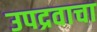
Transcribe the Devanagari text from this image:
उपद्रवाचा